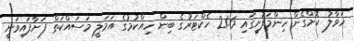
ހަވާލު ކޮށްގެން ހިންމަފުށީގައި 21.6 ހެކްޓަރުގެ ބިން ހިއްކުމުގެ އަމަލީ މަސައްކަތް ފަށާފައިވަނީ